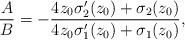
LaTeX: \begin{align*}\frac{A}{B} = - \frac{4z_0{\sigma}_2^{\prime}(z_0) +{\sigma}_2(z_0)}{4z_0{\sigma}_1^{\prime}(z_0) +{\sigma}_1(z_0)},\end{align*}